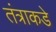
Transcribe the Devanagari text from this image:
तंत्राकडे